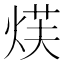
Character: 𮳫